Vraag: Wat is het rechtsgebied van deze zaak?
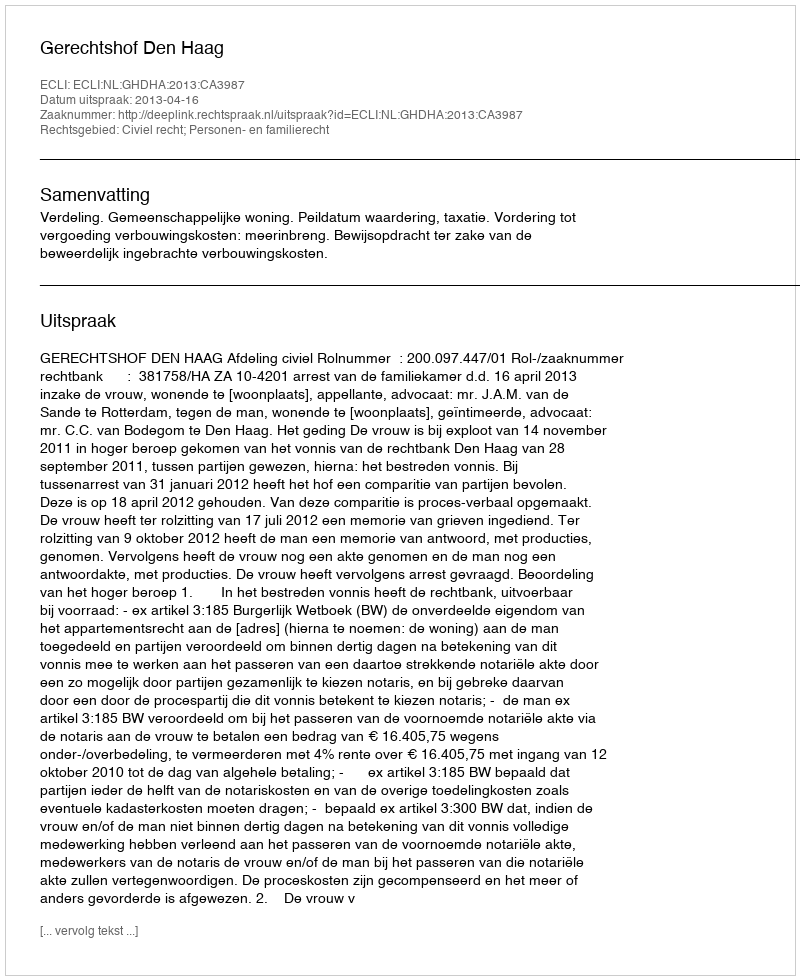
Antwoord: Civiel recht; Personen- en familierecht